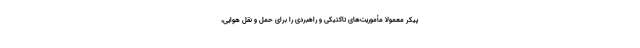
پیکر معمولا مأموریت‌های تاکتیکی و راهبردی را برای حمل و نقل هوایی،